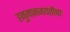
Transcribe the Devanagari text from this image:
हनुमानजयंतीचा